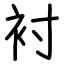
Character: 衬